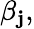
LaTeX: \beta_{\mathbf{j}},